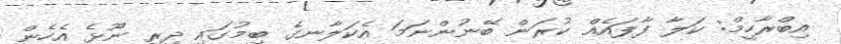
އިބްރާހީމް: ކަލާ ފާފައެއް ކުރަން ބޭނުންނަމަ އެކަލާނގެ ބިމުގައި ދިރި ނޫޅެ އެހެން